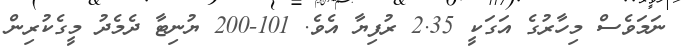
ނަމަވެސް މިހާރުގެ އަގަކީ 2.35 ރުފިޔާ އެވެ. 101-200 ޔުނިޓާ ދެމެދު މީގެކުރިން